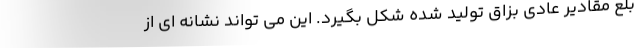
بلع مقادیر عادی بزاق تولید شده شکل بگیرد. این می تواند نشانه ای از